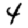
Digit: 4